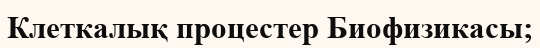
Клеткалық процестер Биофизикасы;